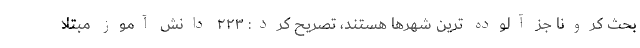
بحث کرونا جز آلوده ترین شهرها هستند، تصریح کرد: ۲۲۳ دانش آموز مبتلا